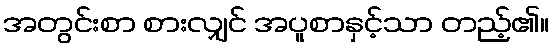
အတွင်းစာ စားလျှင် အပူစာနှင့်သာ တည့်၏။